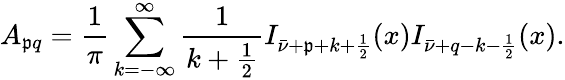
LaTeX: A_{\mathfrak{p}q}=\frac{1}{\pi}\sum_{k=-\infty}^{\infty}\frac{1}{{k+\frac{1}{2}}}I_{\bar{{\nu}}+\mathfrak{p}+k+\frac{1}{2}}(x)I_{\bar{{\nu}}+q-k-\frac{1}{2}}(x).